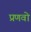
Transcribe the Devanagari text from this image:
प्रणवो